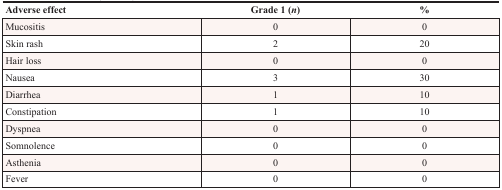
<table><thead><tr><td><b>Adverse effect</b></td><td><b>Grade 1 (<i>n</i>)</b></td><td><b>%</b></td></tr></thead><tbody><tr><td>Mucositis</td><td>0</td><td>0</td></tr><tr><td>Skin rash</td><td>2</td><td>20</td></tr><tr><td>Hair loss</td><td>0</td><td>0</td></tr><tr><td>Nausea</td><td>3</td><td>30</td></tr><tr><td>Diarrhea</td><td>1</td><td>10</td></tr><tr><td>Constipation</td><td>1</td><td>10</td></tr><tr><td>Dyspnea</td><td>0</td><td>0</td></tr><tr><td>Somnolence</td><td>0</td><td>0</td></tr><tr><td>Asthenia</td><td>0</td><td>0</td></tr><tr><td>Fever</td><td>0</td><td>0</td></tr></tbody></table>